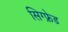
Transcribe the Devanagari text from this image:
सिग्फ्रेड